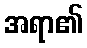
အရာ၏